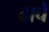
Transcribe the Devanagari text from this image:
ढाचे